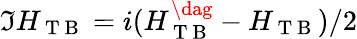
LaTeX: \Im H_{\mathrm{~T~B~}}=i(H_{\mathrm{~T~B~}}^{\dag}-H_{\mathrm{~T~B~}})/2